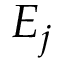
E _ { j }